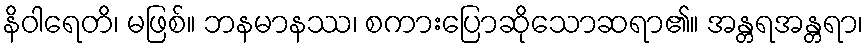
နိဝါရေတိ၊ မဖြစ်။ ဘနမာနဿ၊ စကားပြောဆိုသောဆရာ၏။ အန္တရအန္တရာ၊